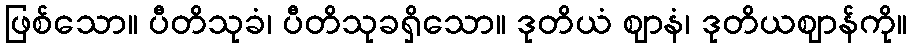
ဖြစ်သော။ ပီတိသုခံ၊ ပီတိသုခရှိသော။ ဒုတိယံ ဈာနံ၊ ဒုတိယဈာန်ကို။